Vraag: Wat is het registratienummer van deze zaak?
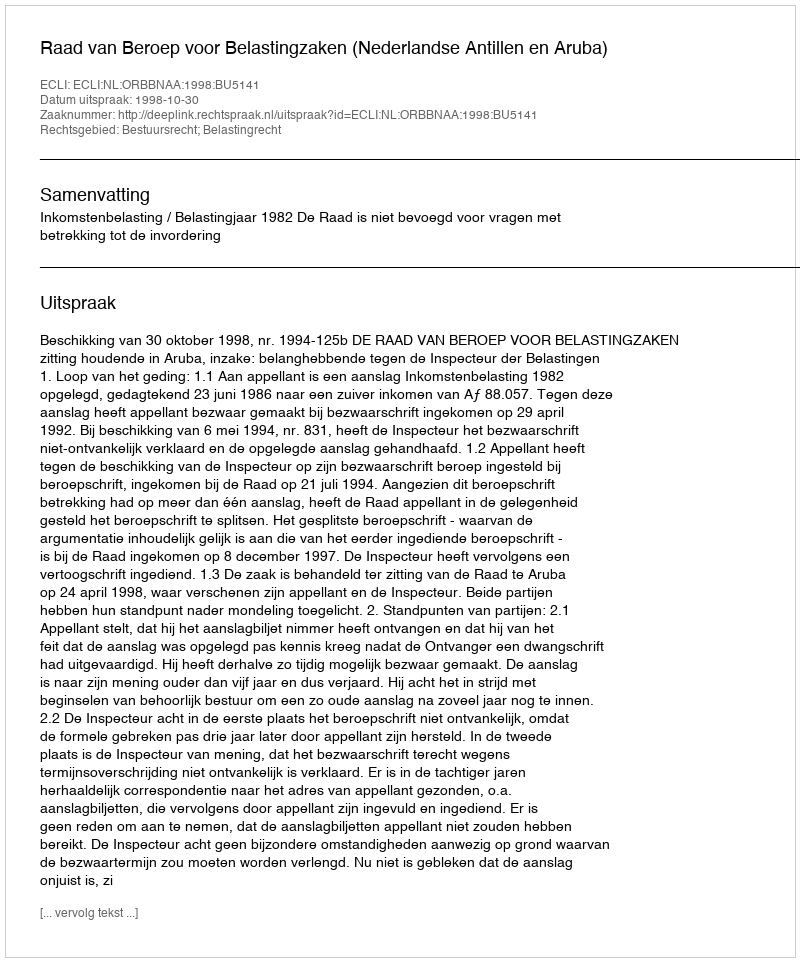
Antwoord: http://deeplink.rechtspraak.nl/uitspraak?id=ECLI:NL:ORBBNAA:1998:BU5141